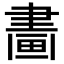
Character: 𤲿